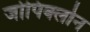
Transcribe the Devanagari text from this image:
जोपिक्लोन